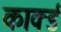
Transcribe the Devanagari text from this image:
कार्क्ड